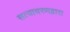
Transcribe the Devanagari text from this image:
सत्याचरणद्वारा